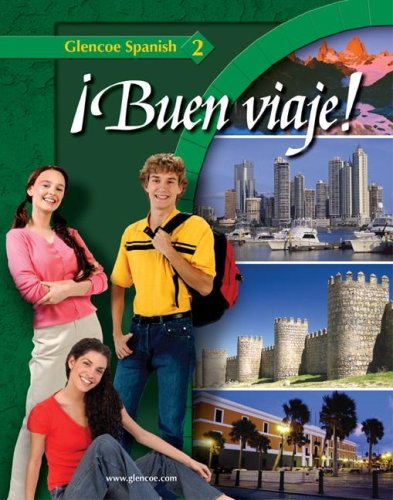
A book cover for Â¡Buen viaje! Level 2, Student Edition (GLENCOE SPANISH) (English and Spanish Edition); Protase E. Woodford; Teen & Young Adult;